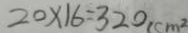
2 0 \times 1 6 = 3 2 0 ( c m ^ { 2 }